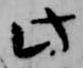
此